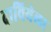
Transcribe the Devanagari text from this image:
दावियेला